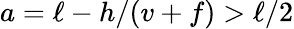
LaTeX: a=\ell-h/(v+f)>\ell/2